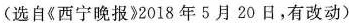
选自《西宁晚报》2018年5月20日，有改动)